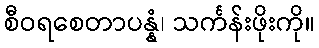
စီဝရစေတာပန္နံ၊ သင်္ကန်းဖိုးကို။